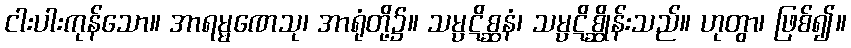
ငါးပါးကုန်သော။ အာရမ္မဏေသု၊ အာရုံတို့၌။ သမ္ပဋိစ္ဆနံ၊ သမ္ပဋိစ္ဆိုန်းသည်။ ဟုတွာ၊ ဖြစ်၍။